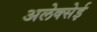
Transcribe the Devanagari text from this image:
अलेक्सेई